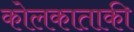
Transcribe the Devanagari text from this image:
कोलकाताकी